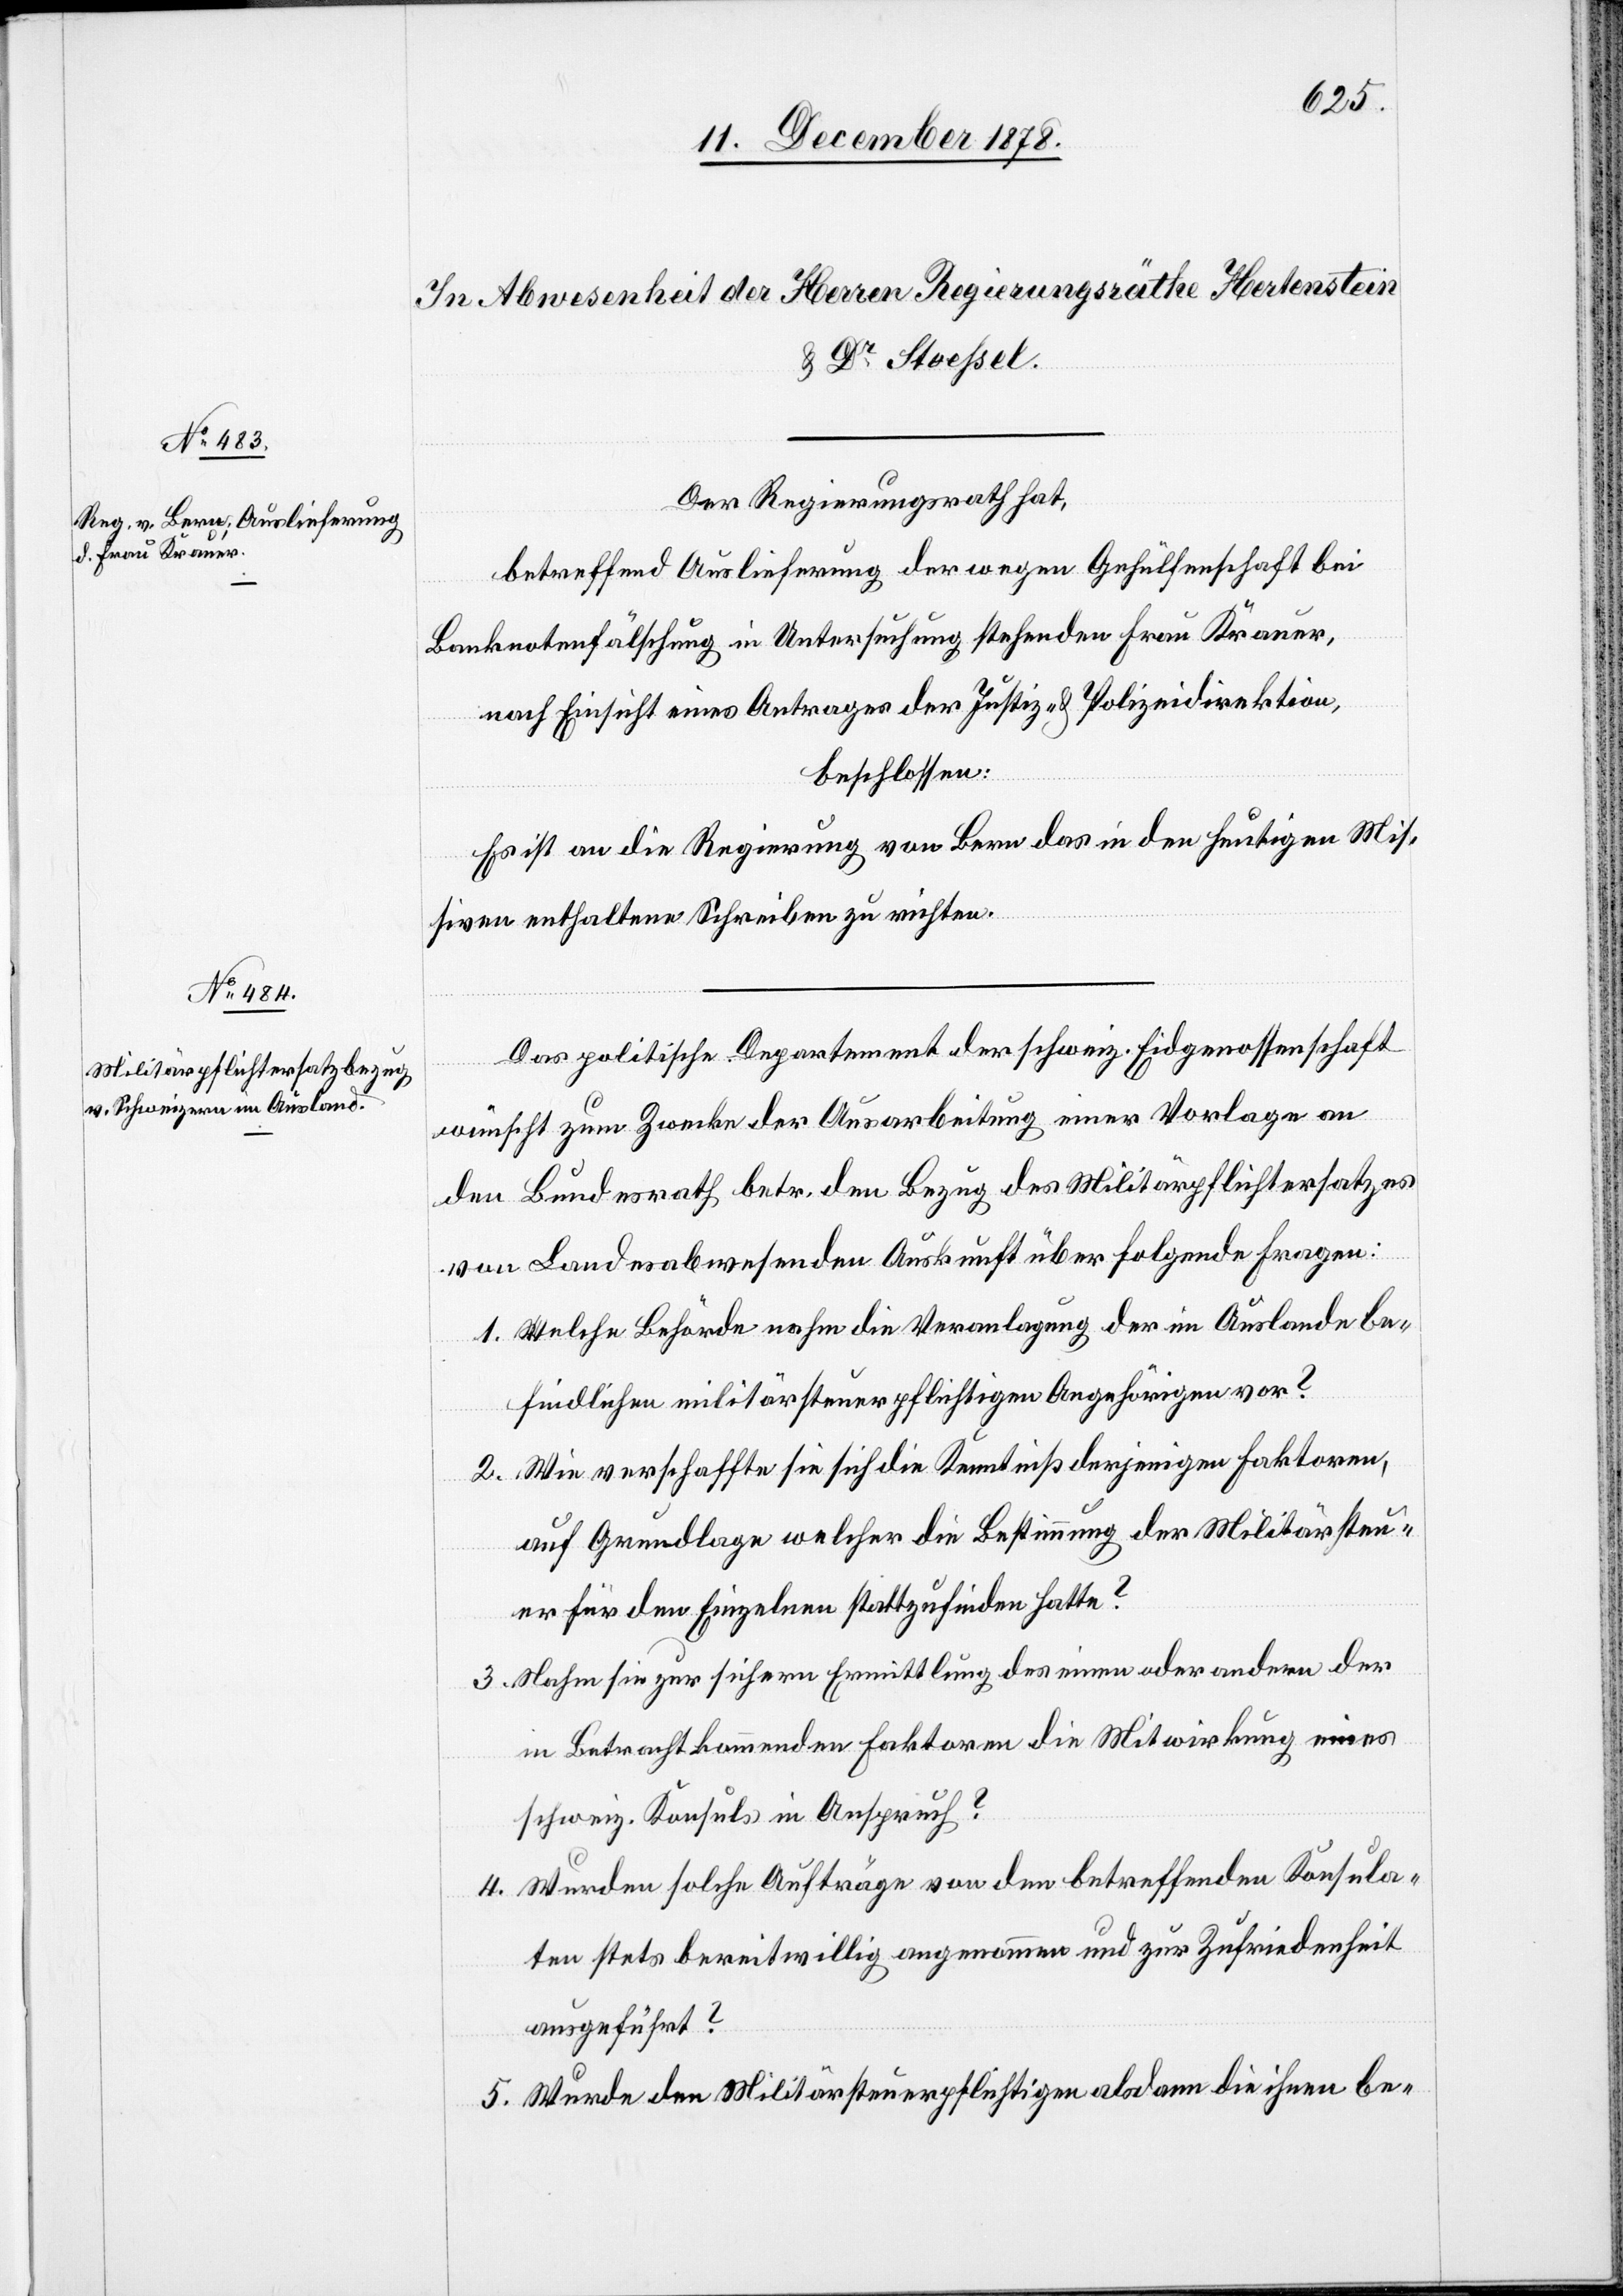
Der Regierungsrath hat,
betreffend Auslieferung der wegen Gehülfenschaft bei
Banknotenfälschung in Untersuchung stehenden Frau Krauer,
nach Einsicht eines Antrages der Justiz- & Polizeidirektion,
beschlossen:
Es ist an die Regierung von Bern das in den heutigen Mis¬
siven enthaltene Schreiben zu richten.
Das politische Departement der schweiz. Eidgenossenschaft
wünscht zum Zwecke der Ausarbeitung einer Vorlage an
den Bundesrath betr. den Bezug des Militärpflichtersatzes
von Landesabwesenden Auskunft über folgende Fragen:
1. Welche Behörde nahm die Veranlagung der im Auslande be¬
findlichen militärsteuerpflichtigen Angehörigen vor?
2. Wie verschaffte sie sich die Kenntniß derjenigen Faktoren,
auf Grundlage welcher die Bestimmung der Militärsteu¬
er für den Einzelnen stattzufinden hatte?
3. Nahm sie zur sichern Ermittlung des einen oder andern der
in Betracht kommenden Faktoren die Mitwirkung eines
schweiz. Konsuls in Anspruch?
4. Wurden solche Aufträge von den betreffenden Konsula¬
ten stets bereitwillig angenommen und zur Zufriedenheit
ausgeführt?
5. Nachdem den Militärsteuerpflichtigen alsdann die ihnen be-